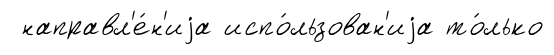
направл'е́н'иjа испо́льзован'иjа то́лько